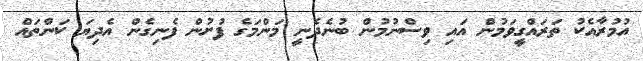
އުމުރާއެކު ތަރައްގީވަމުން އައި ވިސްނުމުން ބުނެދެނީ މަންމަގެ ފުށުން ފެނިގެން އެދިޔަ ކަންތައް